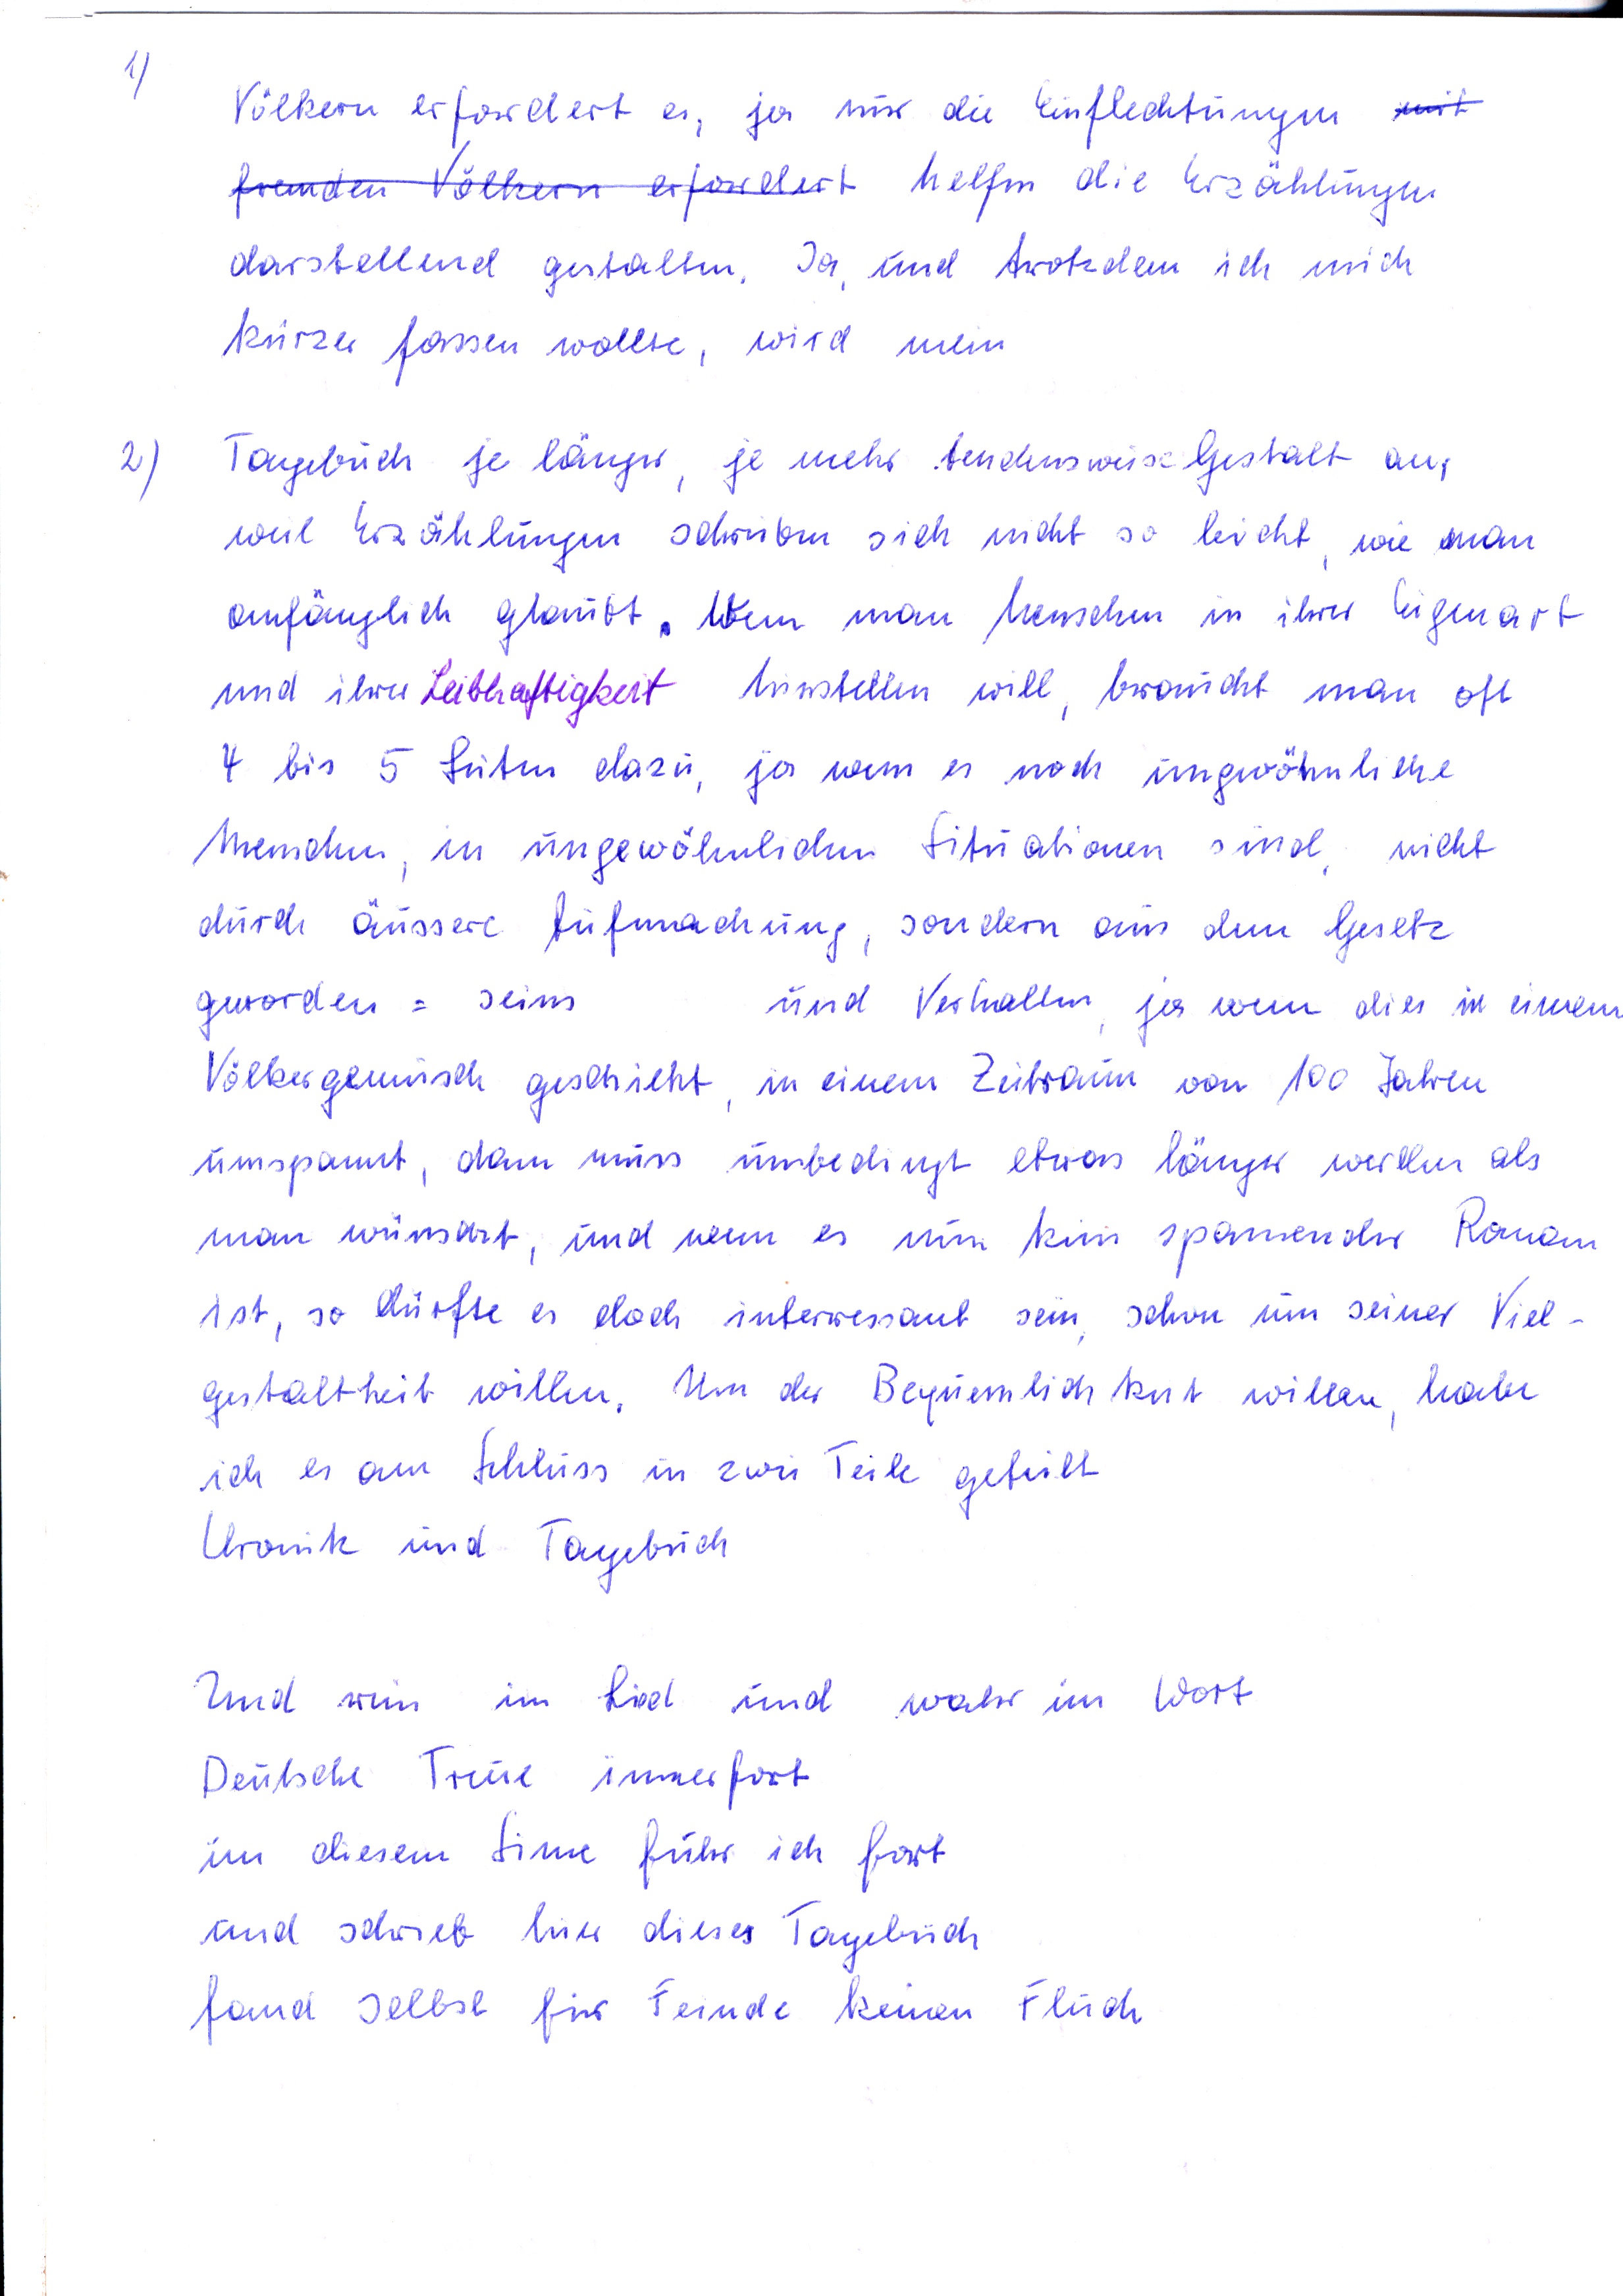
Völkern erfordert es, ja nur die Einflechungen mit
fremden Völkern erfordert helfen die Erzählungen
darstellend gestalten. Ja, und trotzdem ich mich
kürzer fassen wollte wird mein
Tagebuch je länger, je mehr tendensweise Gestalt an,
weil Erzählungen schreiben sich nicht so leicht, wie man
anfänglich glaubt. Wenn man Menschen in ihrer Eigenart
und ihrer Leibhaftigkeit hinstellen will, braucht man oft
4 bis 5 Seiten dazu, ja wenn es noch ungewöhnliche
Menschen, in ungewöhnlichen Situationen sind, nicht
durch äussere Aufmachung, sondern aus dem Gesetz
geworden = sein
und Verhalten, ja wem dies in einem
Völkergemisch geschieht, in einem Zeitraum von 100 Jahren
umspannt, dann muss unbedingt etwas länger werden als
man wünscht, und wenn es nun kein spannender Roman
ist, so dürfte es doch interessant sein, schon um seiner Viel-
gestaltheit willen. Um der Bequemlichkeit willen, habe
ich es am Schluss in zwei Teile geteilt.
Chronik und Tagebuch
Und nun im Lied und wahr im Wort
Deutsche Treue immerfort
in diesem Sinne fuhr ich fort
und schrieb hier dieses Tagebuch
fand selbst für Feinde keinen Fluch